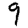
Digit: 9